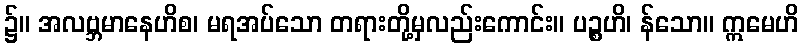
၌။ အလဗ္ဘမာနေဟိစ၊ မရအပ်သော တရားတို့မှလည်းကောင်း။ ပဉ္စဟိ၊ န်သော။ ဣမေဟိ